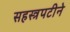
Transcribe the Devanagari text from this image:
सहस्त्रपटीने